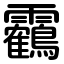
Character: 靏